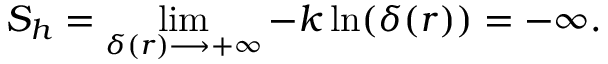
S _ { h } = \operatorname* { l i m } _ { \delta ( r ) \longrightarrow + \infty } - k \ln ( \delta ( r ) ) = - \infty .